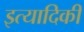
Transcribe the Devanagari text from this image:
इत्‍यादिकी